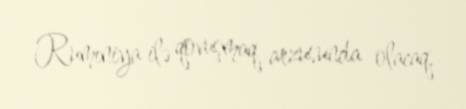
Rumıniya ilə qovuşmaq arzusunda olacaq.